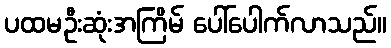
ပထမဦးဆုံးအကြိမ် ပေါ်ပေါက်လာသည်။